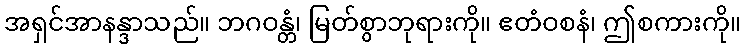
အရှင်အာနန္ဒာသည်။ ဘဂဝန္တံ၊ မြတ်စွာဘုရားကို။ ဧတံဝစနံ၊ ဤစကားကို။